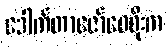
ဒေါက်တာဇော်ဝေစိုးက